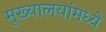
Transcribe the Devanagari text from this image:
मुख्यालयांमध्ये